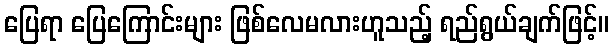
ပြေရာ ပြေကြောင်းများ ဖြစ်လေမလားဟူသည့် ရည်ရွယ်ချက်ဖြင့်။